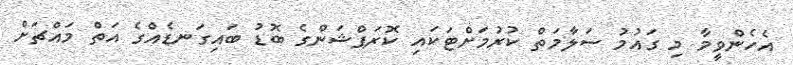
އެހެންވީމާ މި ގައުމު ސަލާމަތް ކުރުމަށްޓަކައި ކޮރަޕްޝަންގެ ބޮޑު ބައިގަނޑެއްގެ އަތް މައްޗަށް